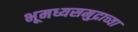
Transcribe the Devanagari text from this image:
भूमध्यसमुद्राच्या